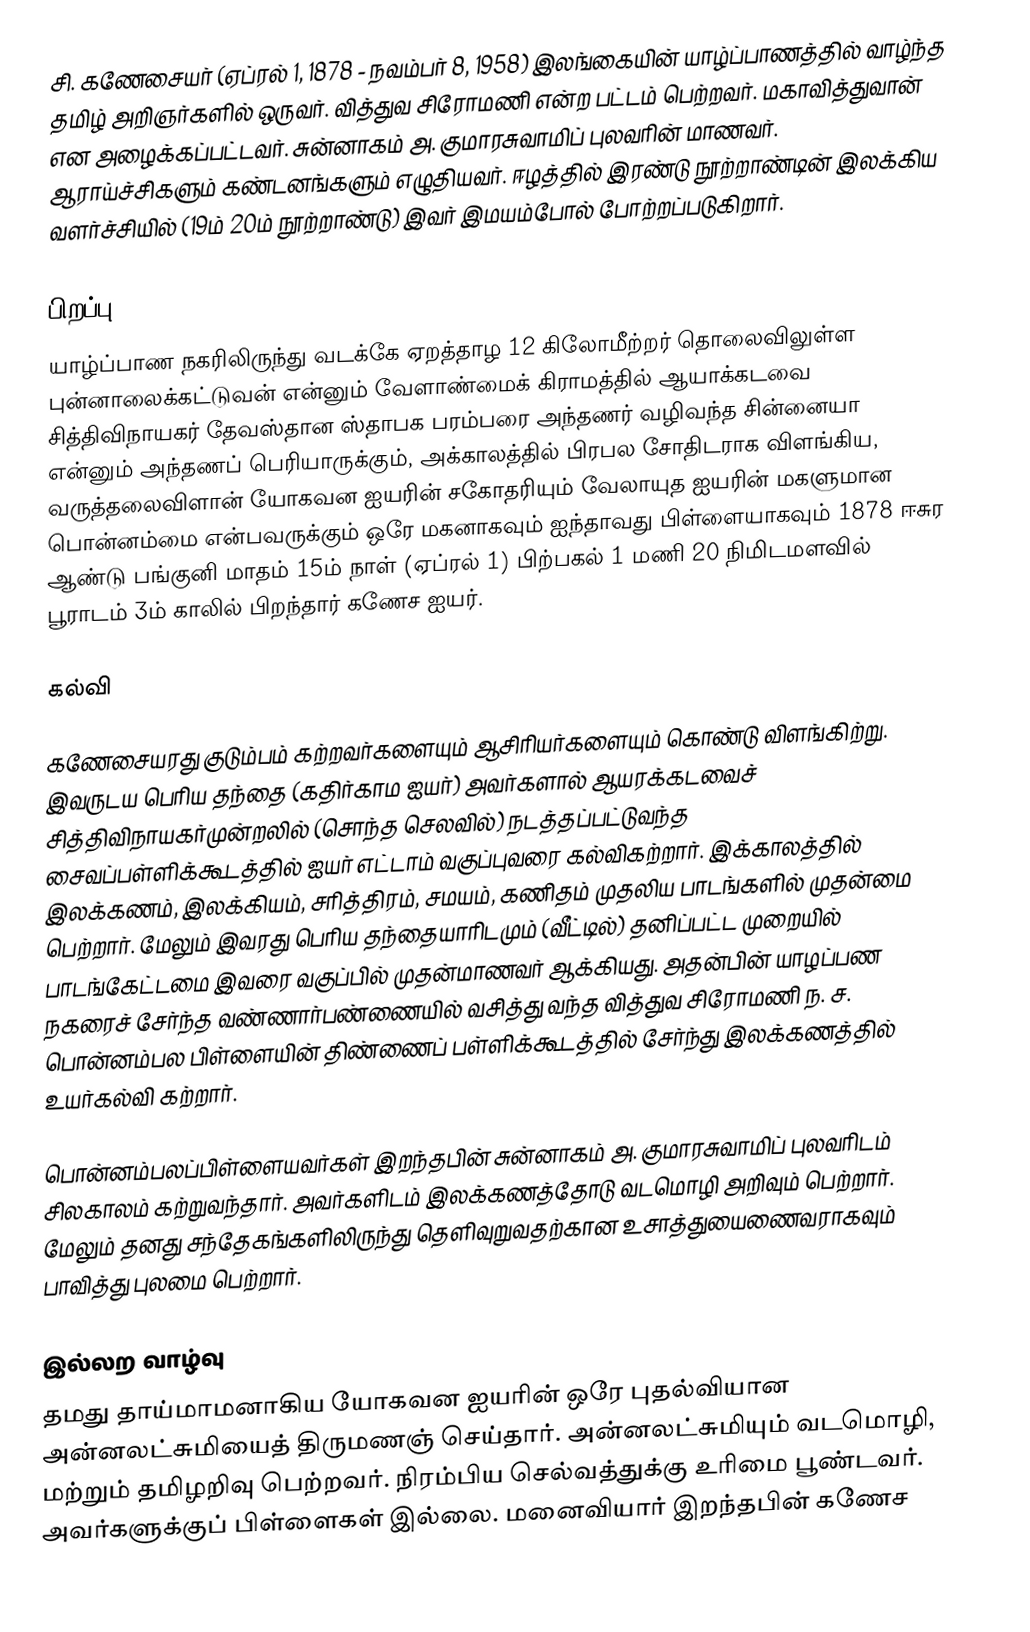
சி. கணேசையர் (ஏப்ரல் 1, 1878 - நவம்பர் 8, 1958) இலங்கையின் யாழ்ப்பாணத்தில் வாழ்ந்த தமிழ் அறிஞர்களில் ஒருவர். வித்துவ சிரோமணி என்ற பட்டம் பெற்றவர். மகாவித்துவான் என அழைக்கப்பட்டவர். சுன்னாகம் அ. குமாரசுவாமிப் புலவரின் மாணவர். ஆராய்ச்சிகளும் கண்டனங்களும் எழுதியவர். ஈழத்தில் இரண்டு நூற்றாண்டின் இலக்கிய வளர்ச்சியில் (19ம் 20ம் நூற்றாண்டு) இவர் இமயம்போல் போற்றப்படுகிறார்.

பிறப்பு
யாழ்ப்பாண நகரிலிருந்து வடக்கே ஏறத்தாழ 12 கிலோமீற்றர் தொலைவிலுள்ள புன்னாலைக்கட்டுவன் என்னும் வேளாண்மைக் கிராமத்தில் ஆயாக்கடவை சித்திவிநாயகர் தேவஸ்தான ஸ்தாபக பரம்பரை அந்தணர் வழிவந்த சின்னையா என்னும் அந்தணப் பெரியாருக்கும், அக்காலத்தில் பிரபல சோதிடராக விளங்கிய, வருத்தலைவிளான் யோகவன ஐயரின் சகோதரியும் வேலாயுத ஐயரின் மகளுமான பொன்னம்மை என்பவருக்கும் ஒரே மகனாகவும் ஐந்தாவது பிள்ளையாகவும் 1878 ஈசுர ஆண்டு பங்குனி மாதம் 15ம் நாள் (ஏப்ரல் 1) பிற்பகல் 1 மணி 20 நிமிடமளவில் பூராடம் 3ம் காலில் பிறந்தார் கணேச ஐயர்.

கல்வி

கணேசையரது குடும்பம் கற்றவர்களையும் ஆசிரியர்களையும்  கொண்டு விளங்கிற்று. இவருடய பெரிய தந்தை (கதிர்காம ஐயர்) அவர்களால் ஆயரக்கடவைச் சித்திவிநாயகர்முன்றலில் (சொந்த செலவில்)  நடத்தப்பட்டுவந்த சைவப்பள்ளிக்கூடத்தில் ஐயர் எட்டாம் வகுப்புவரை கல்விகற்றார். இக்காலத்தில் இலக்கணம், இலக்கியம், சரித்திரம், சமயம், கணிதம் முதலிய பாடங்களில் முதன்மை பெற்றார். மேலும் இவரது பெரிய தந்தையாரிடமும் (வீட்டில்) தனிப்பட்ட முறையில் பாடங்கேட்டமை இவரை வகுப்பில் முதன்மாணவர் ஆக்கியது. அதன்பின் யாழப்பண நகரைச் சேர்ந்த வண்ணார்பண்ணையில் வசித்து வந்த வித்துவ சிரோமணி ந. ச. பொன்னம்பல பிள்ளையின் திண்ணைப் பள்ளிக்கூடத்தில் சேர்ந்து இலக்கணத்தில் உயர்கல்வி கற்றார்.

பொன்னம்பலப்பிள்ளையவர்கள் இறந்தபின் சுன்னாகம் அ. குமாரசுவாமிப் புலவரிடம் சிலகாலம் கற்றுவந்தார். அவர்களிடம் இலக்கணத்தோடு வடமொழி அறிவும் பெற்றார். மேலும் தனது சந்தேகங்களிலிருந்து தெளிவுறுவதற்கான உசாத்துயைணைவராகவும் பாவித்து புலமை பெற்றார்.

இல்லற வாழ்வு
தமது தாய்மாமனாகிய யோகவன ஐயரின் ஒரே புதல்வியான அன்னலட்சுமியைத் திருமணஞ் செய்தார். அன்னலட்சுமியும் வடமொழி, மற்றும் தமிழறிவு பெற்றவர். நிரம்பிய செல்வத்துக்கு உரிமை பூண்டவர். அவர்களுக்குப் பிள்ளைகள் இல்லை. மனைவியார் இறந்தபின் கணேச